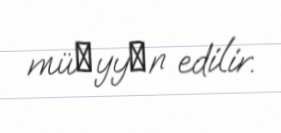
müәyyәn edilir.